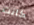
كانت